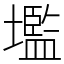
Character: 壏